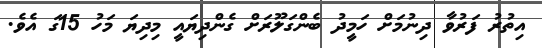
އިތުރު ފަރުވާ ދިނުމަށް ހަމީދު ބެންގަލޫރަށް ގެންދިޔައީ މިދިޔަ މަހު 15ގަ އެވެ.